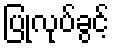
ပြုလုပ်ခွင့်